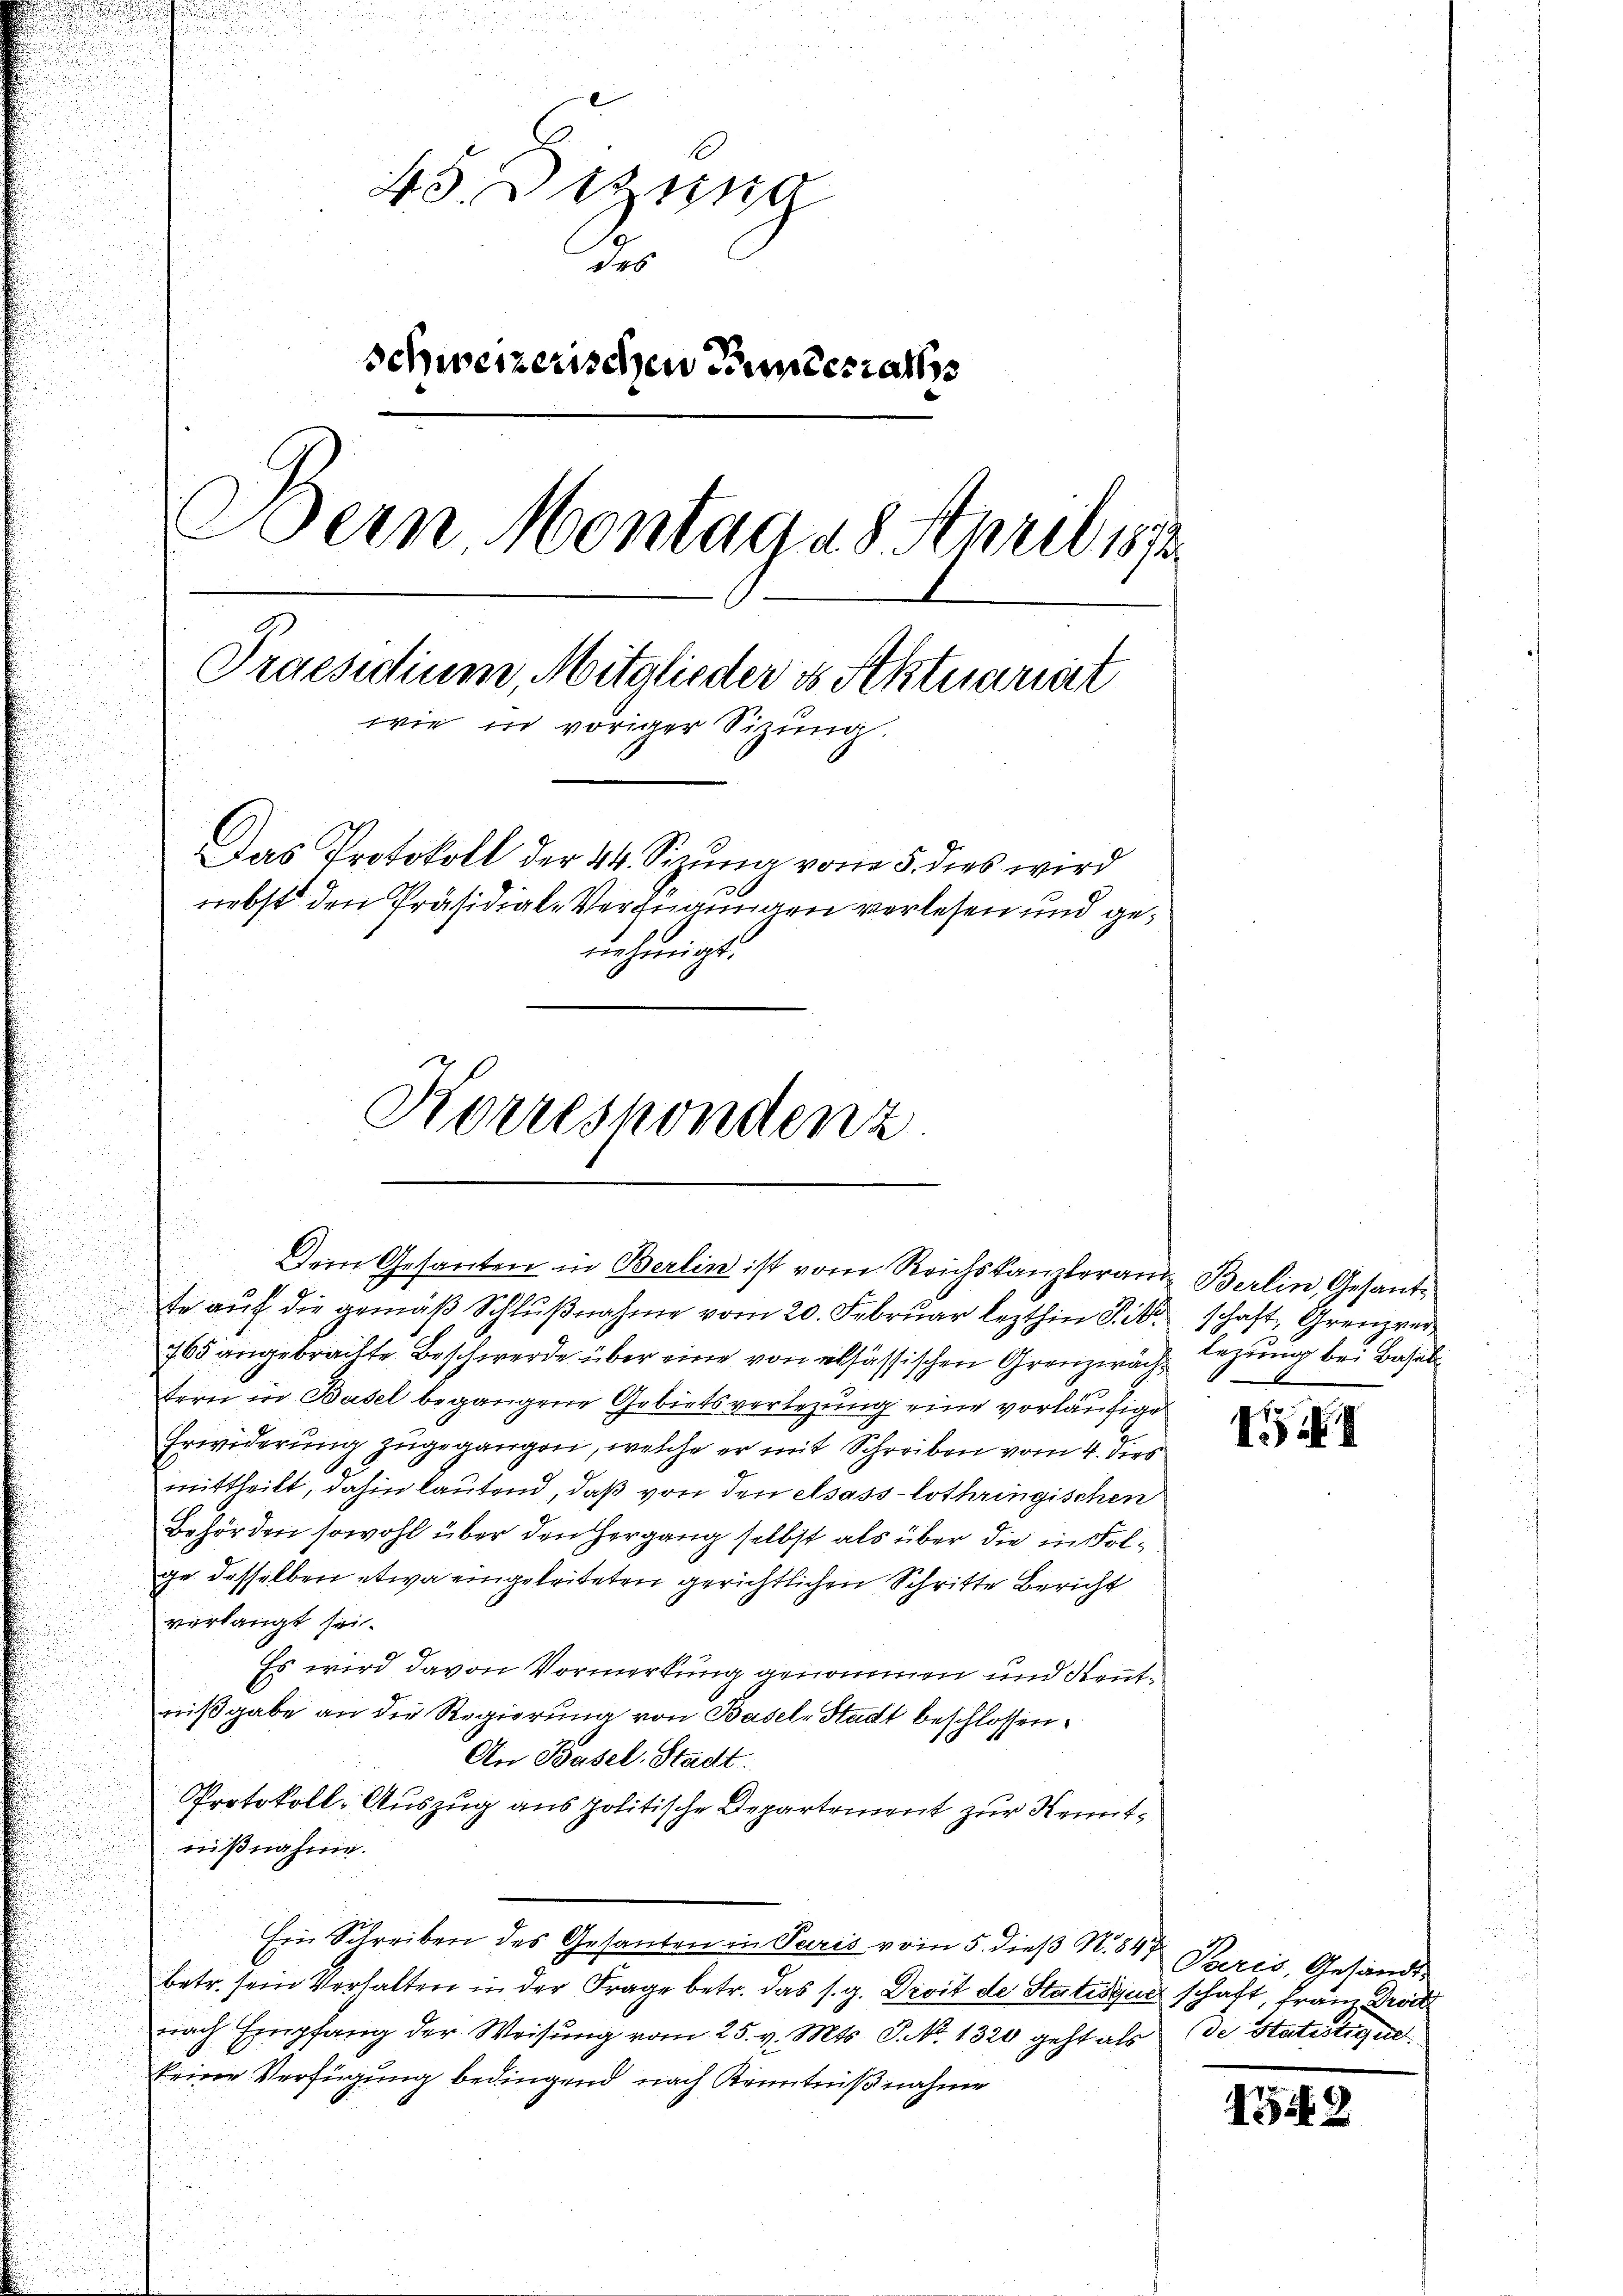
s
45. Dezung
des
schweizerischen Pinterrathss
Bein Montag 28. April 1873.
Praesidium, Mitglieder es Aktuariert
wie in voriger Sizung.
Das Protokoll der 44. Sizung vom 5. dies wird
nebst den Präsidial-Verfügungen verlesen und genehmigt.
Korrespondenz

Dein Gesanten in Berlin ist vom Reichskanzleranz Berlin, Gesandte aŭf die gemäβ Schlŭβnahme vom 20. Febrŭar lezthin Sie schaft, Grenzver¬

765 angebrachte Beschwerde über eine von elsässischen Grenzwach Lezung bei Basel
tern in Basel begangene Gebietsverlegung eine vorläufige
Erwiderung zugegangen, welche er mit Schreiben vom 4. dies
O
mittheilt, dahin lautend, daß von den elsass-lothringischen
Behörden sowohl über den Hergang selbst als über die in Folge desselben etwa eingeleiteten gerichtlichen Schritte Bericht
verlangt sei.
Es wird davon Vormerkung genommen und Reutnißgabe an die Regierung von Basel-Stadt beschlossen:
An Basel, Stadt.
Protokoll-Auszug aus politische Departement zur Kenntnißnahme.
Ein Schreiben des Gesanten in Paris vom 5. dieß N. 847 Paris, Gesandtbetr. sein Verhalten in der Frage betr. das s. g. Droit de Statiseur schaft, Franz Droit
nach Empfang der Weisung vom 25. v. Mts. S. No. 1320 geht als de Statistige
keine Verfügung bedingend nach Kenntnißnahme

VII

1549